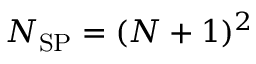
N _ { \mathrm { S P } } = ( N + 1 ) ^ { 2 }